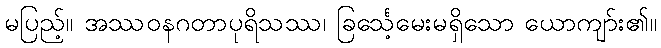
မပြည့်။ အဿဝနဂတာပုရိသဿ၊ ခြင်္သေ့မေးမရှိသော ယောကျာ်း၏။